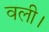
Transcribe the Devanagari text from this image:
वली।